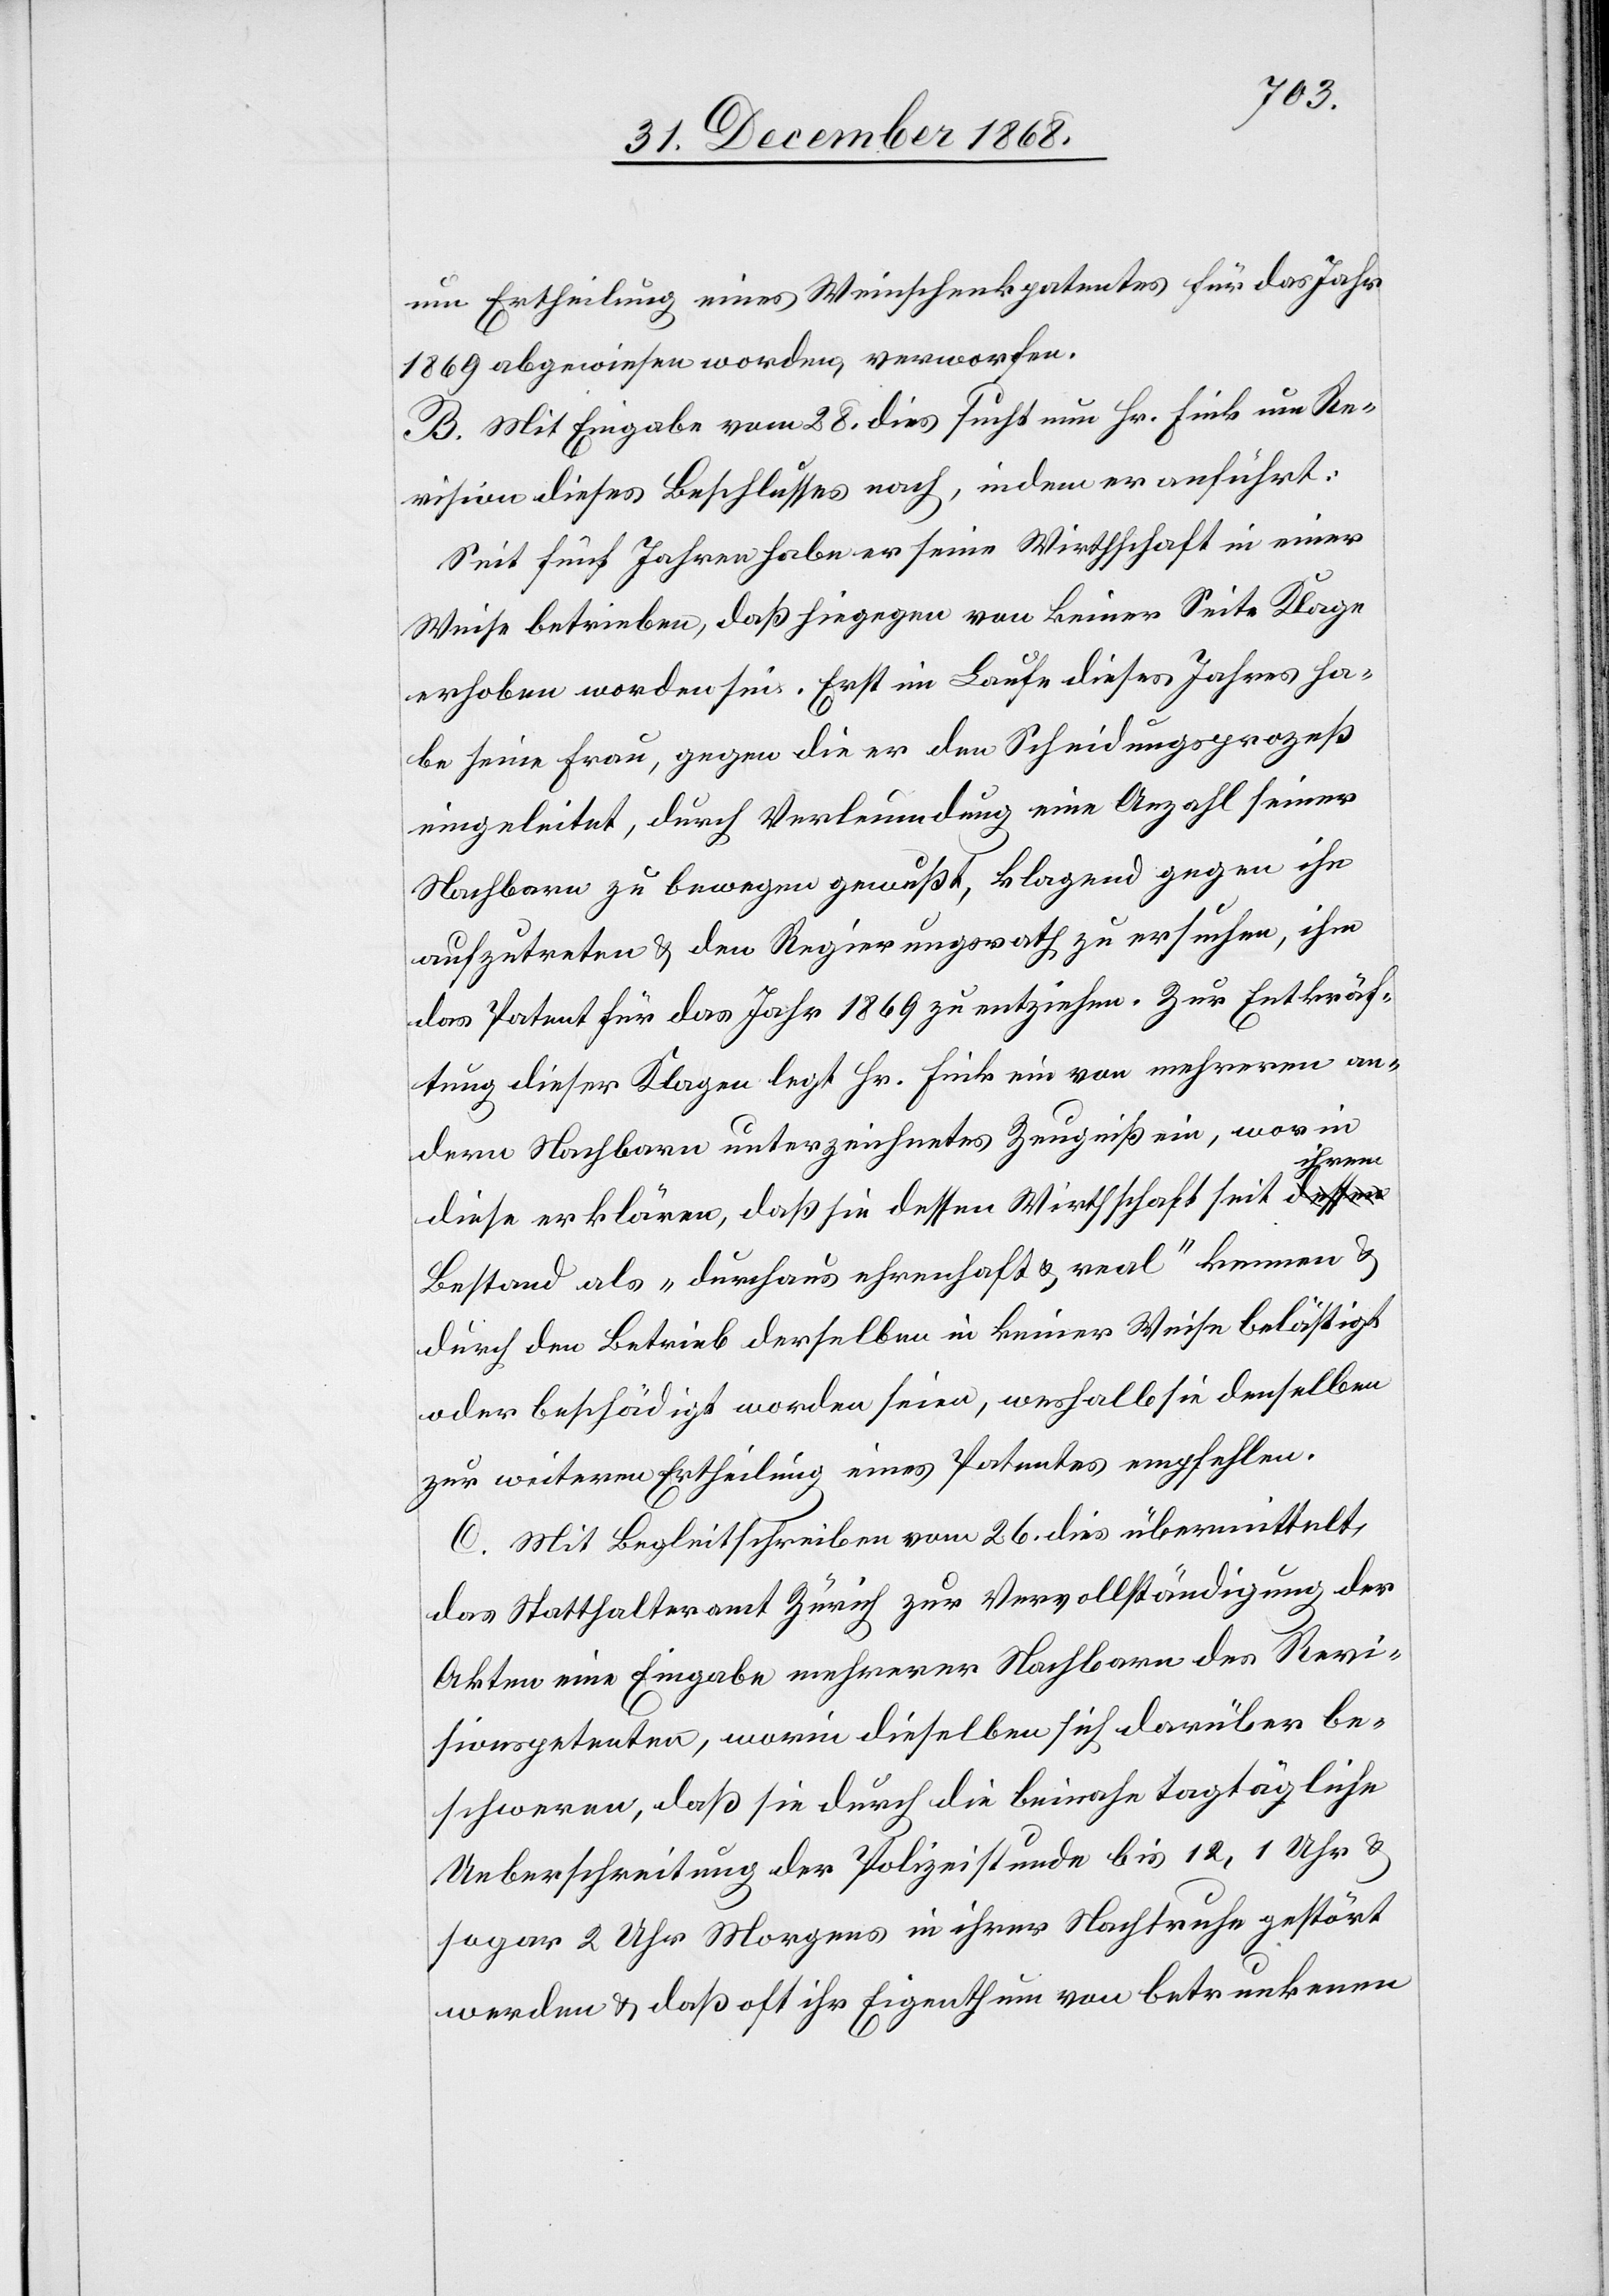
um Ertheilung eines Weinschenkpatentes für das Jahr
1869 abgewiesen worden, verworfen.
B. Mit Eingabe vom 28. dies sucht nun Hr. Fink um Re¬
vision dieses Beschlusses nach, indem er anführt:
Seit fünf Jahren habe er seine Wirthschaft in einer
Weise betrieben, daß hiegegen von keiner Seite Klage
erhoben worden sei. Erst im Laufe dieses Jahres ha¬
be seine Frau, gegen die er den Scheidungsprozeß
eingeleitet, durch Verleumdung eine Anzahl seiner
Nachbarn zu bewegen gewußt, klagend gegen ihn
aufzutreten & den Regierungsrath zu ersuchen, ihm
das Patent für das Jahr 1869 zu entziehen. Zur Entkräf¬
tung dieser Klagen legt Hr. Fink ein von mehreren an¬
dern Nachbarn unterzeichnetes Zeugniß ein, worin
ihrem
diese erklären, daß sie dessen Wirthschaft seit a-dessen-a
Bestand als „durchaus ehrenhaft & real“ kennen &
durch den Betrieb derselben in keiner Weise belästigt
oder beschädigt worden seien, weshalb sie denselben
zur weiteren Ertheilung eines Patentes empfehlen.
C. Mit Begleitschreiben vom 26. dies übermittelt
das Statthalteramt Zürich zur Vervollständigung der
Akten eine Eingabe mehrerer Nachbarn des Revi¬
sionspetenten, worin dieselben sich darüber be¬
schweren, daß sie durch die beinahe tagtägliche
Ueberschreitung der Polizeistunde bis 12, 1 Uhr &
sogar 2 Uhr Morgens in ihrer Nachtruhe gestört
werden & daß oft ihr Eigenthum von betrunkenen